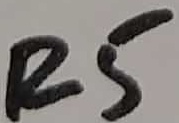
Text: R5